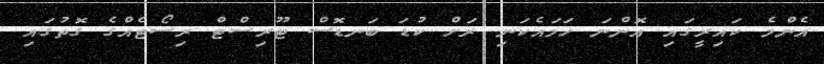
އެންމެ ކައިރީގައި އޮންނަ ހަމައެކަނި ރަށް ކުޑަ ބަނޑޮސް ޓޫރިސްޓް ރިސޯޓެއްގެ ގޮތުގައި